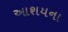
આશયના